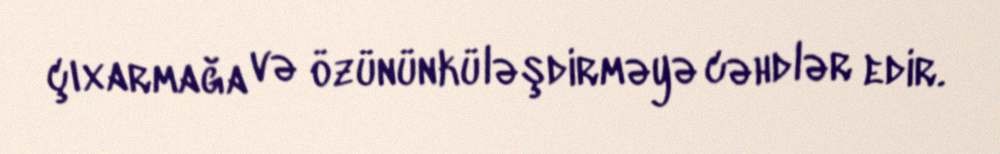
çıxarmağa və özününküləşdirməyə cəhdlər edir.